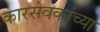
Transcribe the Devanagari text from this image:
कारसेवकांच्या